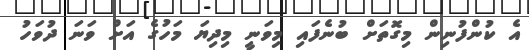
އެ ކުންފުނިން މިގޮތަށް ބުނެފައި މިވަނީ މިދިޔަ މަހުގެ އަށް ވަނަ ދުވަހު